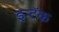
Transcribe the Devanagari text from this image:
इन्टॅक